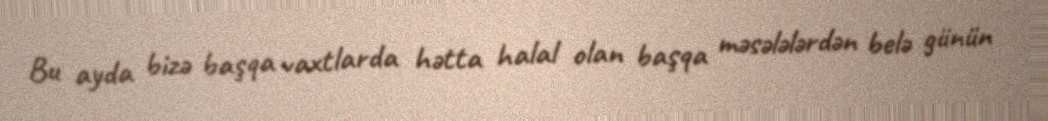
Bu ayda bizə başqa vaxtlarda hətta halal olan başqa məsələlərdən belə günün